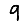
Digit: 9